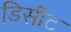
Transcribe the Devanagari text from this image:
डिसीट